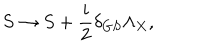
LaTeX: S \rightarrow S + { \frac { i } { 2 } } \delta _ { G S } \Lambda _ { X } ,